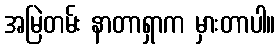
အမြဲတမ်း နာတာရှာက မှားတာပါ။